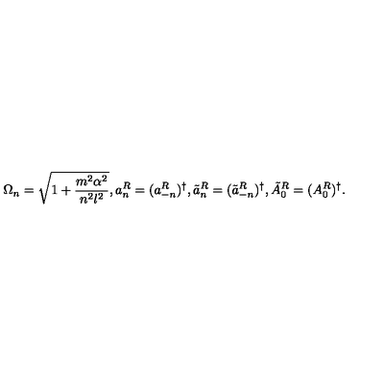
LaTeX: \Omega _ { n } = \sqrt { 1 + \frac { m ^ { 2 } \alpha ^ { 2 } } { n ^ { 2 } l ^ { 2 } } } , a _ { n } ^ { R } = ( a _ { - n } ^ { R } ) ^ { \dag } , \tilde { a } _ { n } ^ { R } = ( \tilde { a } _ { - n } ^ { R } ) ^ { \dag } , \tilde { A } _ { 0 } ^ { R } = ( A _ { 0 } ^ { R } ) ^ { \dag } .